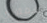
همفري